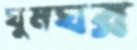
ঘুমঘর